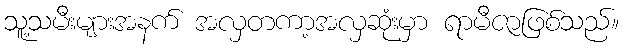
သူ့သမီးများအနက် အလှတကာ့အလှဆုံးမှာ ရာမီဇာဖြစ်သည်။